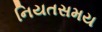
નિયતસમય